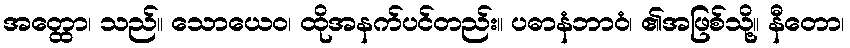
အတ္ထော၊ သည်။ သောယေဝ၊ ထိုအနက်ပင်တည်း။ ပဓာနံဘာဝံ၊ ၏အဖြစ်သို့။ နီတော၊